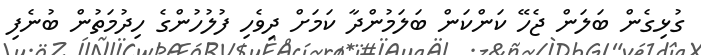
ގުޅިގެން ބަލަން ޖެހޭ ކަންކަން ބަލަމުންދާ ކަމަށް ދިވެހި ފުލުހުންގެ ހިދުމަތުން ބުނެފި